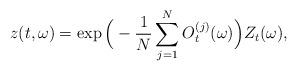
LaTeX: \begin{align*}z(t,\omega)=\exp\Big(-\frac{1}{N}\sum\limits_{j=1}^{N}O_t^{(j)}(\omega)\Big)Z_t(\omega),\end{align*}